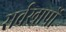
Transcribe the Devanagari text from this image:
सर्वखापों